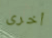
أخرى